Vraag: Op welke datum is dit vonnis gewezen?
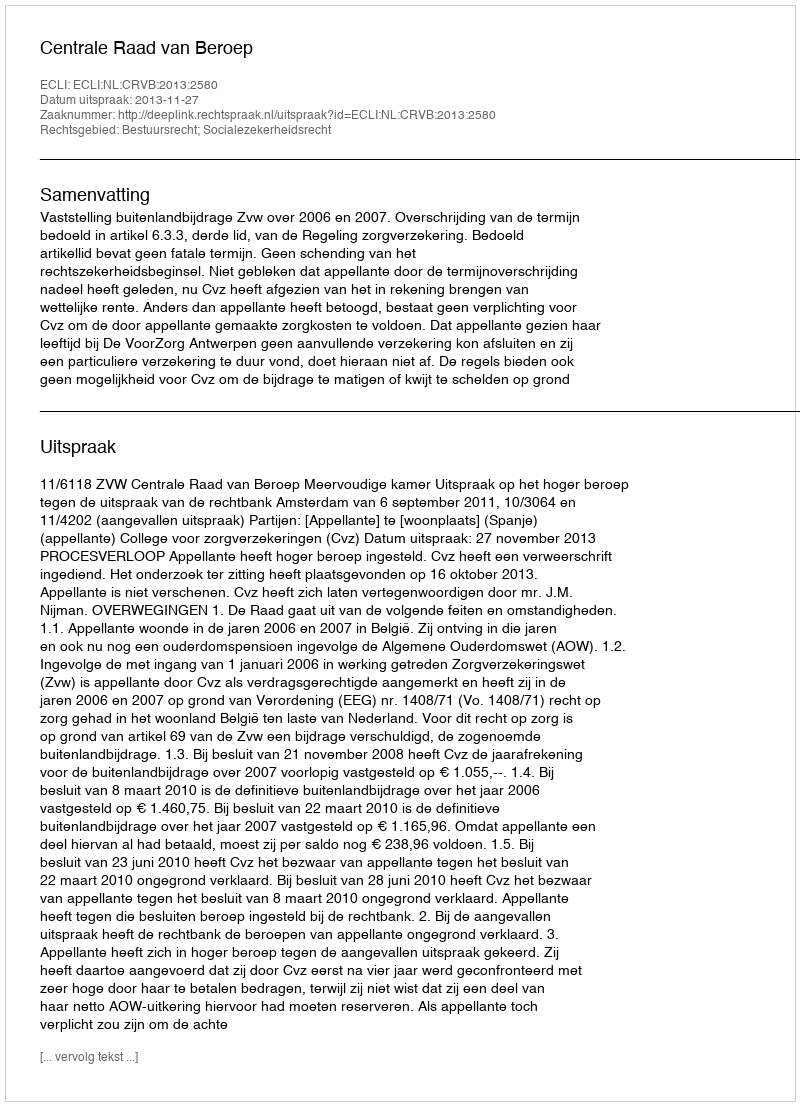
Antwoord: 2013-11-27